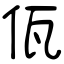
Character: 佤